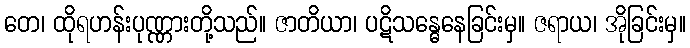
တေ၊ ထိုရဟန်းပုဏ္ဏားတို့သည်။ ဇာတိယာ၊ ပဋိသန္ဓေနေခြင်းမှ။ ဇရာယ၊ အိုခြင်းမှ။